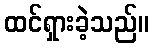
ထင်ရှားခဲ့သည်။